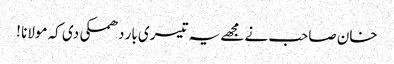
خان صاحب نے مجھے یہ تیسری بار دھمکی دی کہ مولانا !